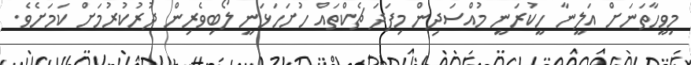
މިވީހާތަނަށް އަލީނާ ހީކުރަނީ މުއްސަދިން މިފަދަ ޗެކްތައް ހުށަހަޅަނީ ލޯބިވެރިން ދުރުކުރުމަށް ކަމަށެވެ.